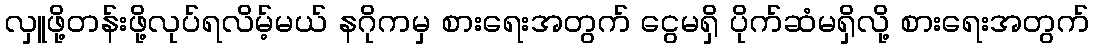
လှူဖို့တန်းဖို့လုပ်ရလိမ့်မယ် နဂိုကမှ စားရေးအတွက် ငွေမရှိ ပိုက်ဆံမရှိလို့ စားရေးအတွက်